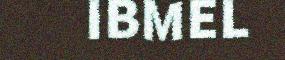
IBMEL